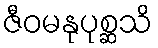
ဇီဝမနုပုစ္ဆသိ